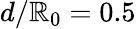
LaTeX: d/\mathbb{R}_{0}=0.5